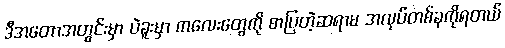
ဒီအတောအတွင်းမှာ ပဲခူးမှာ ကလေးတွေကို စာပြတဲ့ဆရာမ အလုပ်တစ်ခုကိုရတယ်